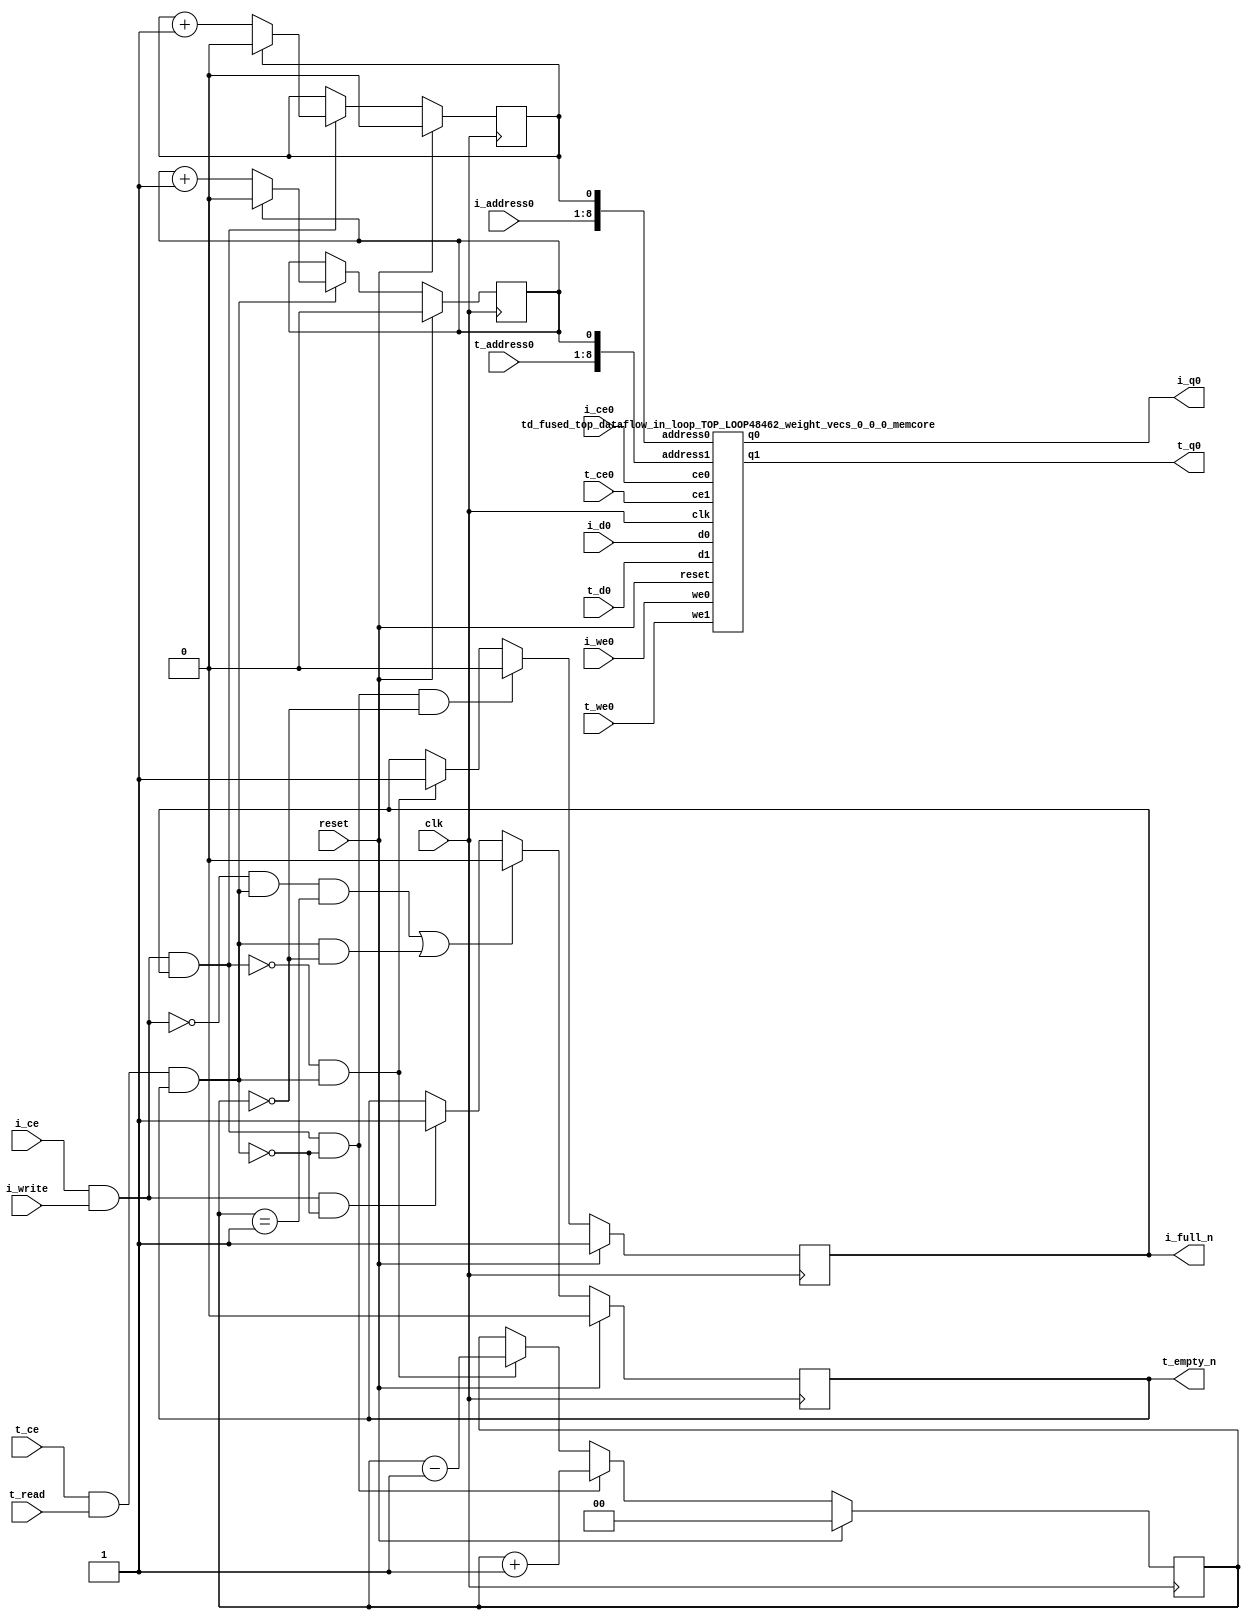
`define EXPONENT 5
`define MANTISSA 10
`define ACTUAL_MANTISSA 11
`define EXPONENT_LSB 10
`define EXPONENT_MSB 14
`define MANTISSA_LSB 0
`define MANTISSA_MSB 9
`define MANTISSA_MUL_SPLIT_LSB 3
`define MANTISSA_MUL_SPLIT_MSB 9
`define SIGN 1
`define SIGN_LOC 15
`define DWIDTH (`SIGN+`EXPONENT+`MANTISSA)
`define IEEE_COMPLIANCE 1

module td_fused_top_dataflow_in_loop_TOP_LOOP48462_weight_vecs_0_0_0
#(parameter
    DataWidth    = 16,
    AddressRange = 32,
    AddressWidth = 8,
    BufferCount  = 2,
    IndexWidth   = 1
) (
    // system signals
    input  wire                    clk,
    input  wire                    reset,
    // initiator
    input  wire                    i_ce,
    input  wire                    i_write,
    output wire                    i_full_n,
    input  wire                    i_ce0,
    input  wire                    i_we0,
    input  wire [AddressWidth-1:0] i_address0,
    input  wire [DataWidth-1:0]    i_d0,
    output wire [DataWidth-1:0]    i_q0,
    // target
    input  wire                    t_ce,
    input  wire                    t_read,
    output wire                    t_empty_n,
    input  wire                    t_ce0,
    input  wire                    t_we0,
    input  wire [AddressWidth-1:0] t_address0,
    input  wire [DataWidth-1:0]    t_d0,
    output wire [DataWidth-1:0]    t_q0
);
//------------------------Local signal-------------------
// control/status
reg  [IndexWidth-1:0]   iptr    = 1'b0; // initiator index
reg  [IndexWidth-1:0]   tptr    = 1'b0; // target index
reg  [IndexWidth:0]     count   = 1'b0; // count of written buffers
reg                     full_n  = 1'b1; // whether all buffers are written
reg                     empty_n = 1'b0; // whether none of the buffers is written
wire                    push_buf;       // finish writing a buffer
wire                    write_buf;      // write a buffer
wire                    pop_buf;        // finish reading a buffer
wire [AddressWidth+IndexWidth-1:0]   memcore_iaddr;
wire [AddressWidth+IndexWidth-1:0]   memcore_taddr;

//------------------------Instantiation------------------
assign memcore_iaddr = {i_address0, iptr};
assign memcore_taddr = {t_address0, tptr};
td_fused_top_dataflow_in_loop_TOP_LOOP48462_weight_vecs_0_0_0_memcore td_fused_top_dataflow_in_loop_TOP_LOOP48462_weight_vecs_0_0_0_memcore_U (
    .reset    ( reset ),
    .clk      ( clk ),
    .address0 ( memcore_iaddr ),
    .ce0      ( i_ce0 ),
    .we0      ( i_we0),
    .d0       ( i_d0 ),
    .q0       ( i_q0 ),
    .address1 ( memcore_taddr ),
    .ce1      ( t_ce0 ),
    .we1      ( t_we0),
    .d1       ( t_d0 ),
    .q1       ( t_q0 )

);

//------------------------Body---------------------------

//++++++++++++++++++++++++output+++++++++++++++++++++++++
assign i_full_n  = full_n;
assign t_empty_n = empty_n;
//+++++++++++++++++++++++++++++++++++++++++++++++++++++++

//++++++++++++++++++++++++control/status+++++++++++++++++
assign push_buf = i_ce & i_write & full_n;
assign write_buf = i_ce & i_write;
assign pop_buf  = t_ce & t_read & empty_n;

// iptr
always @(posedge clk) begin
    if (reset == 1'b1)
        iptr <= 1'b0;
    else if (push_buf) begin
        if (iptr == BufferCount - 1'b1)
            iptr <= 1'b0;
        else
            iptr <= iptr + 1'b1;
    end
end

// tptr
always @(posedge clk) begin
    if (reset == 1'b1)
        tptr <= 1'b0;
    else if (pop_buf) begin
        if (tptr == BufferCount - 1'b1)
            tptr <= 1'b0;
        else
            tptr <= tptr + 1'b1;
    end
end

// count
always @(posedge clk) begin
    if (reset == 1'b1)
        count <= 1'b0;
    else if (push_buf && !pop_buf)
        count <= count + 1'b1;
    else if (!push_buf && pop_buf)
        count <= count - 1'b1;
end

// full_n
always @(posedge clk) begin
    if (reset == 1'b1)
        full_n <= 1'b1;
    else if (push_buf && !pop_buf && count == BufferCount - 2'd2)
        full_n <= 1'b0;
    else if (!push_buf && pop_buf)
        full_n <= 1'b1;
end

// empty_n
always @(posedge clk) begin
    if (reset == 1'b1)
        empty_n <= 1'b0;
    else if ((!write_buf && pop_buf && count == 1'b1)
             || (pop_buf && count == 1'b0))
        empty_n <= 1'b0;
    else if (write_buf && !pop_buf)
        empty_n <= 1'b1;
end
//+++++++++++++++++++++++++++++++++++++++++++++++++++++++

endmodule
module td_fused_top_dataflow_in_loop_TOP_LOOP48462_weight_vecs_0_0_0_memcore(
    reset,
    clk,
    address0,
    ce0,
    we0,
    d0,
    q0,
    address1,
    ce1,
    we1,
    d1,
    q1);

parameter DataWidth = 32'd16;
parameter AddressRange = 32'd512;
parameter AddressWidth = 32'd9;
input reset;
input clk;
input[AddressWidth - 1:0] address0;
input ce0;
input we0;
input[DataWidth - 1:0] d0;
output[DataWidth - 1:0] q0;
input[AddressWidth - 1:0] address1;
input ce1;
input we1;
input[DataWidth - 1:0] d1;
output[DataWidth - 1:0] q1;



td_fused_top_dataflow_in_loop_TOP_LOOP48462_weight_vecs_0_0_0_memcore_ram td_fused_top_dataflow_in_loop_TOP_LOOP48462_weight_vecs_0_0_0_memcore_ram_U(
    .clk( clk ),
    .addr0( address0 ),
    .ce0( ce0 ),
    .we0( we0 ),
    .d0( d0 ),
    .q0( q0 ),
    .addr1( address1 ),
    .ce1( ce1 ),
    .we1( we1 ),
    .d1( d1 ),
    .q1( q1 )
);

endmodule
module td_fused_top_dataflow_in_loop_TOP_LOOP48462_weight_vecs_0_0_0_memcore_ram (addr0, ce0, d0, we0, q0, addr1, ce1, d1, we1, q1,  clk);

parameter DWIDTH = 16;
parameter AWIDTH = 9;
parameter MEM_SIZE = 512;

input[AWIDTH-1:0] addr0;
input ce0;
input[DWIDTH-1:0] d0;
input we0;
output reg[DWIDTH-1:0] q0;
input[AWIDTH-1:0] addr1;
input ce1;
input[DWIDTH-1:0] d1;
input we1;
output reg[DWIDTH-1:0] q1;
input clk;

reg [DWIDTH-1:0] ram[MEM_SIZE-1:0];




always @(posedge clk)  
begin 
    if (ce0) begin
        if (we0) 
            ram[addr0] <= d0; 
        q0 <= ram[addr0];
    end
end


always @(posedge clk)  
begin 
    if (ce1) begin
        if (we1) 
            ram[addr1] <= d1; 
        q1 <= ram[addr1];
    end
end


endmodule